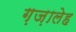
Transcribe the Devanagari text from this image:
ग़ज़ालेह